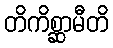
တိကိစ္ဆာမီတိ